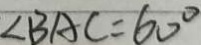
\angle B A C = 6 0 ^ { \circ }